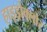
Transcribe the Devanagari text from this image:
हाइड्रोक्लोर